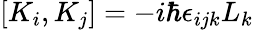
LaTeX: \left[K_{i},K_{j}\right]=-i\hbar\epsilon_{ijk}L_{k}